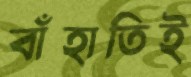
বাঁহাতিই